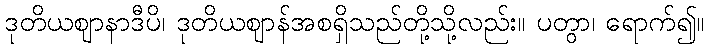
ဒုတိယဈာနာဒီပိ၊ ဒုတိယဈာန်အစရှိသည်တို့သို့လည်း။ ပတွာ၊ ရောက်၍။